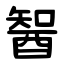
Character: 䣽